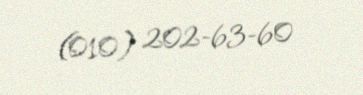
(010) 202-63-60